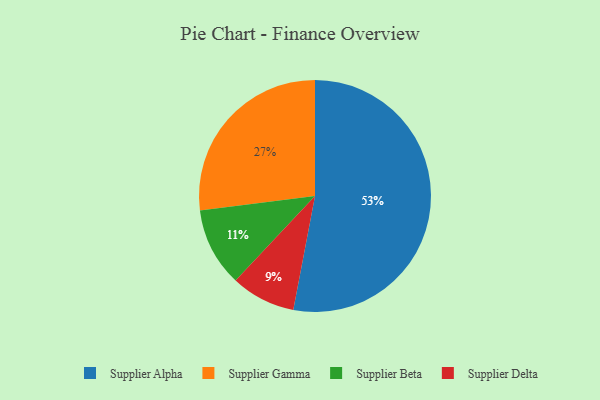
{"axis": {"x": "Category", "y": "Percentage"}, "legend": ["Supplier Alpha", "Supplier Beta", "Supplier Delta", "Supplier Gamma"], "data": [{"x": "Supplier Delta", "y": 9, "type": "Supplier Delta"}, {"x": "Supplier Beta", "y": 11, "type": "Supplier Beta"}, {"x": "Supplier Alpha", "y": 53, "type": "Supplier Alpha"}, {"x": "Supplier Gamma", "y": 27, "type": "Supplier Gamma"}]}